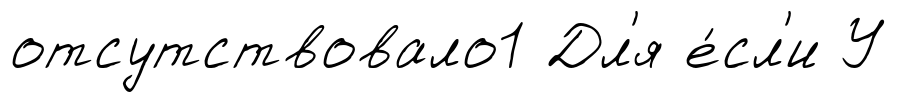
отсутствовало1 Дл'я е́сл'и У